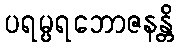
ပရမ္ပရဘောဇနန္တိ